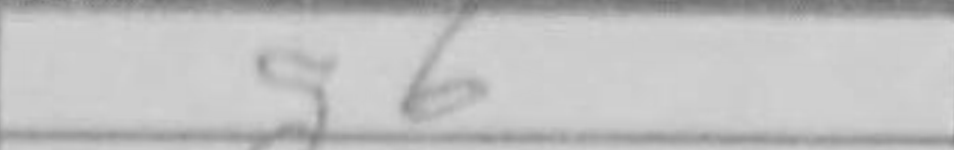
Transcription: g6